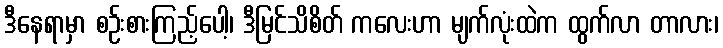
ဒီနေရာမှာ စဉ်းစားကြည့်ပေါ့၊ ဒီမြင်သိစိတ် ကလေးဟာ မျက်လုံးထဲက ထွက်လာ တာလား၊